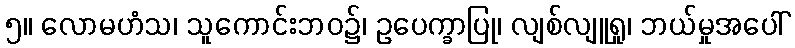
၅။ လောမဟံသ၊ သူကောင်းဘဝ၌၊ ဥပေက္ခာပြု၊ လျစ်လျူရှု၊ ဘယ်မှုအပေါ်